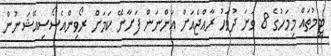
ޓީމުތައް މިމަހުގެ 8 ވަނަ ދުވަހު ރާއްޖެއަށް އަންނަން ފަށާނޭ ކަމަށް ރޯވިންއެސޯސިއޭޝަނުން